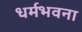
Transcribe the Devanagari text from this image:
धर्मभवना